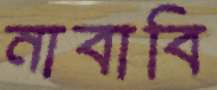
নাবাবি